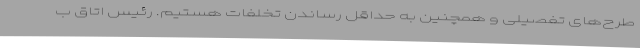
طرح‌های تفصیلی و همچنین به حداقل رساندن تخلفات هستیم. رئیس اتاق ب